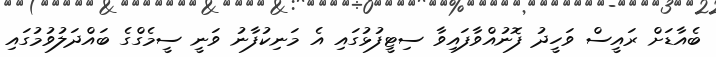
ބެއާޑަށް ރައީސް ވަހީދު ފޮނުއްވާފައިވާ ސިޓީފުޅުގައި އެ މަނިކުފާނު ވަނީ ސީމެގްގެ ބައްދަލުވުމުގައި